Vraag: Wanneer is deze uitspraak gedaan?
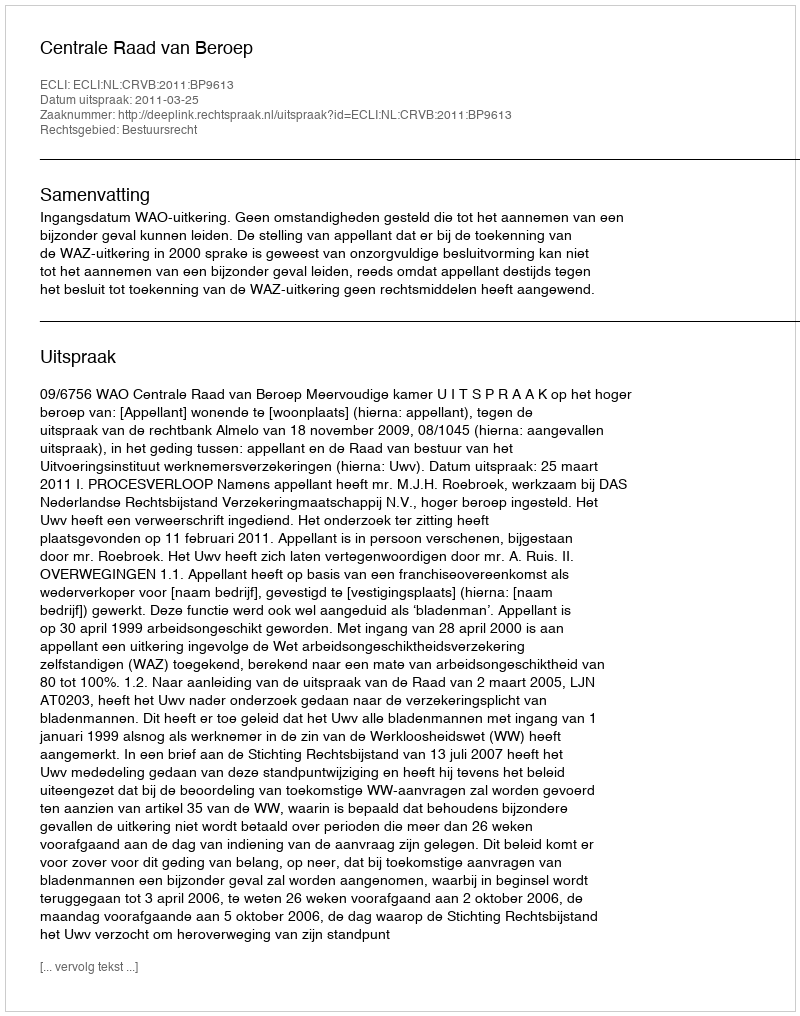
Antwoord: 2011-03-25